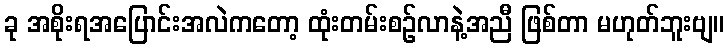
ခု အစိုးရအပြောင်းအလဲကတော့ ထုံးတမ်းစဉ်လာနဲ့အညီ ဖြစ်တာ မဟုတ်ဘူးဗျ။